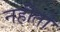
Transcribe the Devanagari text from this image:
नहीतो